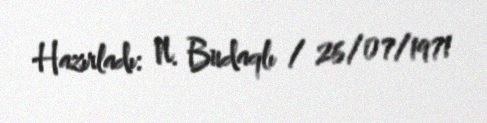
Hazırladı: N. Budaqlı / 26/07/1971